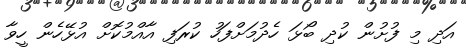
އަދި މި ފުށުން ކުދި ބޯޅަ ހެދުމަށްފަހު ކުރަފި އާއްމުކޮށް އުޅޭހެން ހީވާ